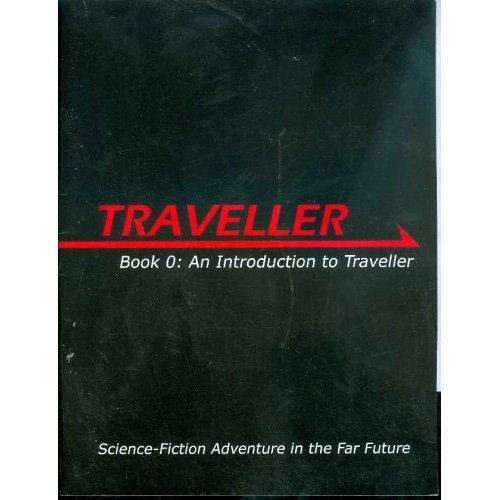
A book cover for Traveller, Book 0: Introduction to Traveller; Gareth Hanrahan; Science Fiction & Fantasy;